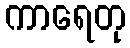
ကာရေတု